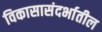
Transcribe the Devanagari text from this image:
विकासासंदर्भातील